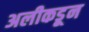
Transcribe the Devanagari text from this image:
अलीकडून